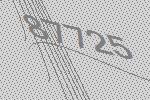
87725